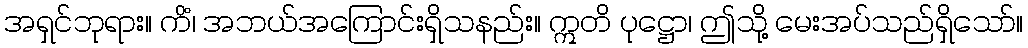
အရှင်ဘုရား။ ကိံ၊ အဘယ်အကြောင်းရှိသနည်း။ ဣတိ ပုဋ္ဌော၊ ဤသို့ မေးအပ်သည်ရှိသော်။